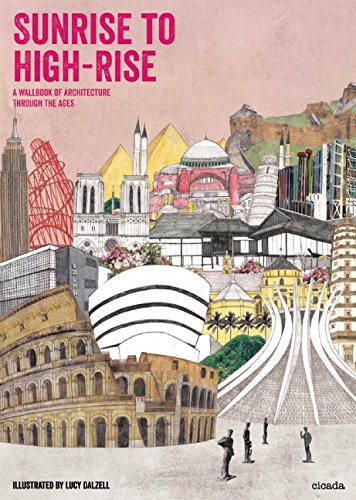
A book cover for Sunrise to High-Rise: A Wallbook of Architecture through the Ages; Children's Books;